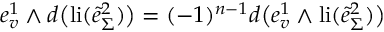
e _ { v } ^ { 1 } \wedge d \big ( \mathrm { l i } ( \tilde { e } _ { \Sigma } ^ { 2 } ) \big ) = ( - 1 ) ^ { n - 1 } d \big ( e _ { v } ^ { 1 } \wedge \mathrm { l i } ( \tilde { e } _ { \Sigma } ^ { 2 } ) \big )